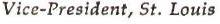
Vice-President, St. Louis